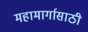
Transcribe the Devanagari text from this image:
महामार्गासाठी